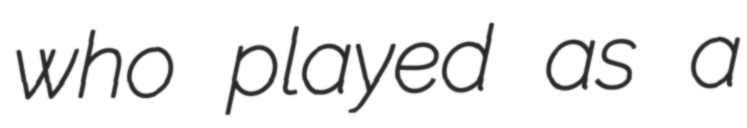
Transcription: who played as a